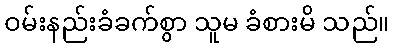
ဝမ်းနည်းခံခက်စွာ သူမ ခံစားမိ သည်။